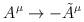
LaTeX: \begin{align*}A^{\mu} \rightarrow - \tilde{A}^{\mu}\end{align*}